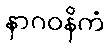
နာဂဝနိကံ